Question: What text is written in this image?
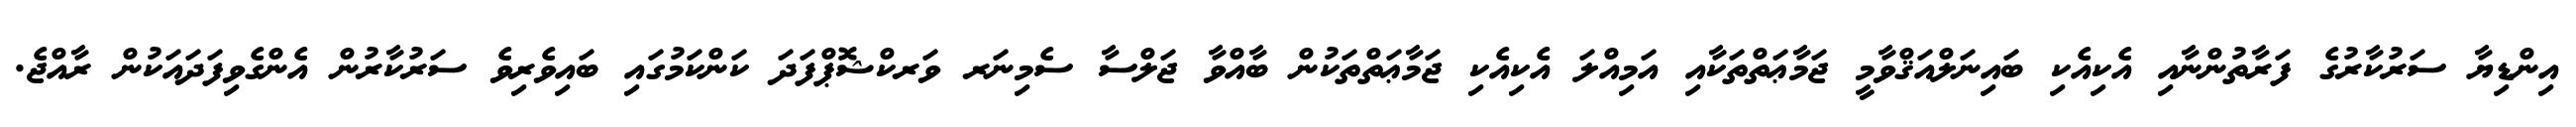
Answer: އިންޑިޔާ ސަރުކާރުގެ ފަރާތުންނާއި އެކިއެކި ބައިނަލްއަޤްވާމީ ޖަމާޢަތްތަކާއި އަމިއްލަ އެކިއެކި ޖަމާޢަތްތަކުން ބާއްވާ ޖަލްސާ ސެމިނަރ ވަރކްޝޮޕްފަދަ ކަންކަމުގައި ބައިވެރިވެ ސަރުކާރުން އެންގެވިފަދައަކުން ރާއްޖެ.